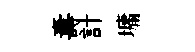
夀計墉